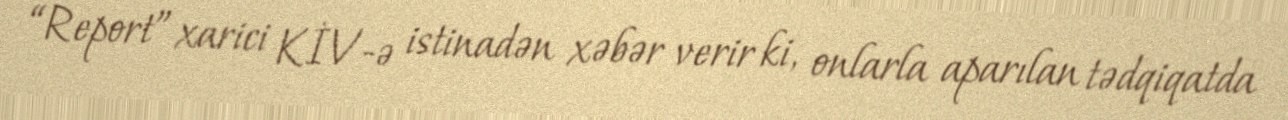
“Report” xarici KİV-ə istinadən xəbər verir ki, onlarla aparılan tədqiqatda